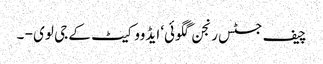
چیف جسٹس رنجن گگوئی‘ ایڈووکیٹ کے جی لوی - ۔